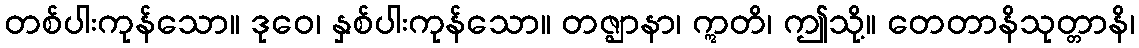
တစ်ပါးကုန်သော။ ဒုဝေ၊ နှစ်ပါးကုန်သော။ တဇ္ဈာနာ၊ ဣတိ၊ ဤသို့။ တေတာနိသုတ္တာနိ၊